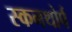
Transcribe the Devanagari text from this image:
स्कनथोर्प